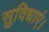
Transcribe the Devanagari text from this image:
सुविधाएं।